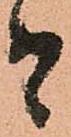
者